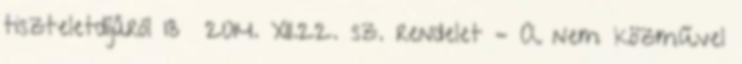
tiszteletdíjáról 13 2014. XII.22. sz. rendelet – A nem közművel